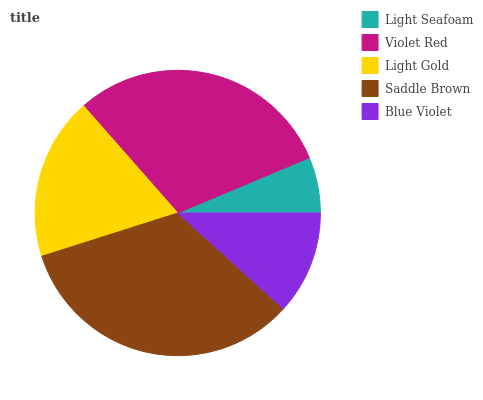
| Light Seafoam | Violet Red | Light Gold | Saddle Brown | Blue Violet |
 | --- | --- | --- | --- | --- |
 | 6.33% | 30.1% | 18.5% | 33.4% | 11.7% |